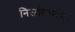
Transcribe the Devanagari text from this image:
निजदिव्यांशा